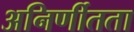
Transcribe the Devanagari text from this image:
अनिर्णीतता